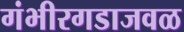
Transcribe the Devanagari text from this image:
गंभीरगडाजवळ